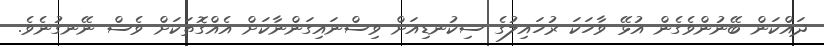
ދައްކަން ބޭނުންވެގެން އުޅޭ ވާހަކަ ރުހައިލުގެ ސިކުނޑިއަށް ވިސްނައިގަންނާކަށް އެއްގޮތަކަށް ވެސް ނޭނގުނެވެ.